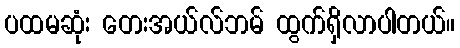
ပထမဆုံး တေးအယ်လ်ဘမ် ထွက်ရှိလာပါတယ်။